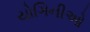
યોગિનીઓ